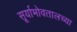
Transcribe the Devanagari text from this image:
सूर्याभोवतालच्या